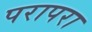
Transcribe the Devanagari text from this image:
परापरा